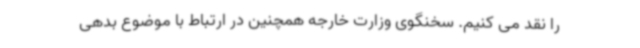
را نقد می کنیم. سخنگوی وزارت خارجه همچنین در ارتباط با موضوع بدهی